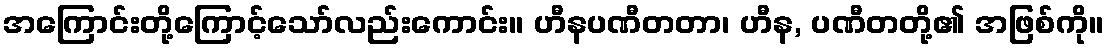
အကြောင်းတို့ကြောင့်သော်လည်းကောင်း။ ဟီနပဏီတတာ၊ ဟီန, ပဏီတတို့၏ အဖြစ်ကို။